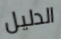
الدليل